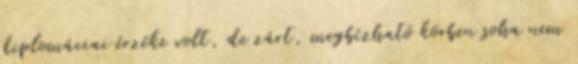
diplomáciai ér­zéke volt, de zárt, megbízható körben soha nem